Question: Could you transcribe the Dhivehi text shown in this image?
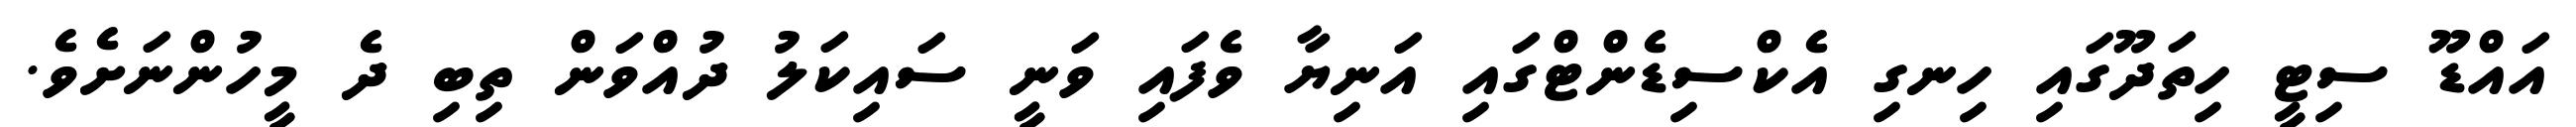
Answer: އައްޑޫ ސިޓީ ހިތަދޫގައި ހިނގި އެކްސިޑެންޓްގައި އަނިޔާ ވެފައި ވަނީ ސައިކަލު ދުއްވަން ތިބި ދެ މީހުންނަށެވެ.